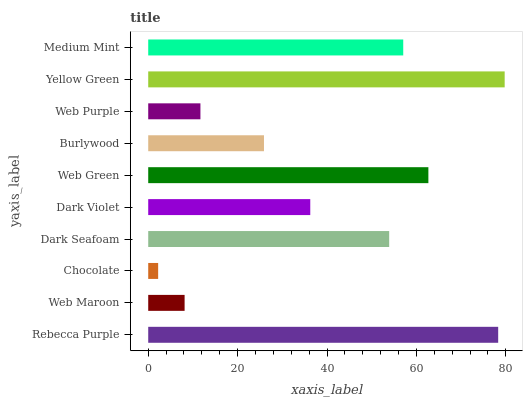
| yaxis_label | bars |
 | --- | --- |
 | Rebecca Purple | 78.3 |
 | Web Maroon | 8.14 |
 | Chocolate | 2.22 |
 | Dark Seafoam | 53.9 |
 | Dark Violet | 36.3 |
 | Web Green | 62.7 |
 | Burlywood | 25.9 |
 | Web Purple | 11.7 |
 | Yellow Green | 79.7 |
 | Medium Mint | 57.1 |